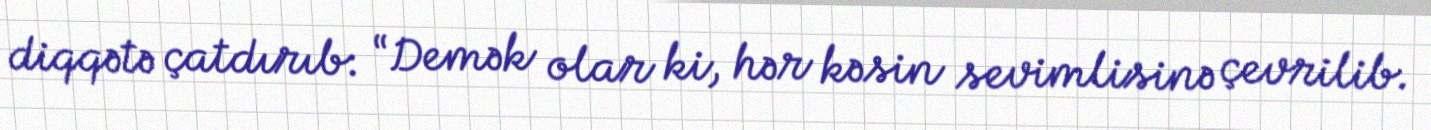
diqqətə çatdırıb: “Demək olar ki, hər kəsin sevimlisinə çevrilib.